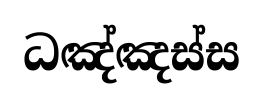
ධඤ්ඤස්ස